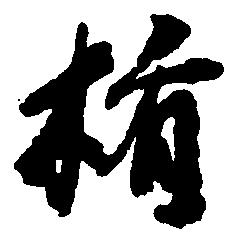
楯